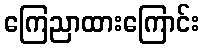
ကြေညာထားကြောင်း